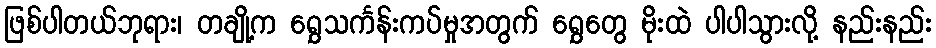
ဖြစ်ပါတယ်ဘုရား၊ တချို့က ရွှေသင်္ကန်းကပ်မှုအတွက် ရွှေတွေ မိုးထဲ ပါပါသွားလို့ နည်းနည်း